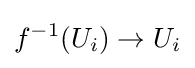
f^{-1}(U_{i})\to U_{i}